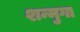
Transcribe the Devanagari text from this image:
शन्मुगा